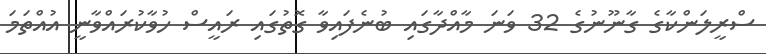
ސްރީލަންކާގެ ގާނޫނުގެ 32 ވަނަ މާއްދާގައި ބުނެފައިވާ ގޮތުގައި ރައީސް ހުވާކުރައްވާނީ އުއްތަމަ